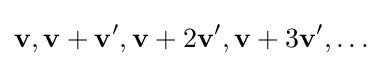
\mathbf {v} ,\mathbf {v} +\mathbf {v} ',\mathbf {v} +2\mathbf {v} ',\mathbf {v} +3\mathbf {v} ',\ldots